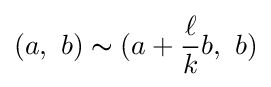
(a,\ b)\thicksim (a+{\frac {\ell }{k}}b,\ b)